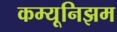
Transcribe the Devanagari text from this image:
कम्यूनिझम